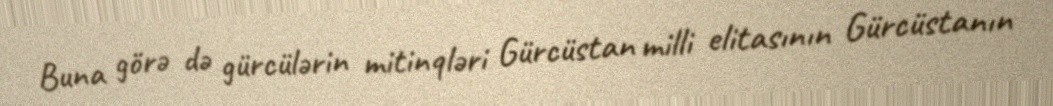
Buna görə də gürcülərin mitinqləri Gürcüstan milli elitasının Gürcüstanın